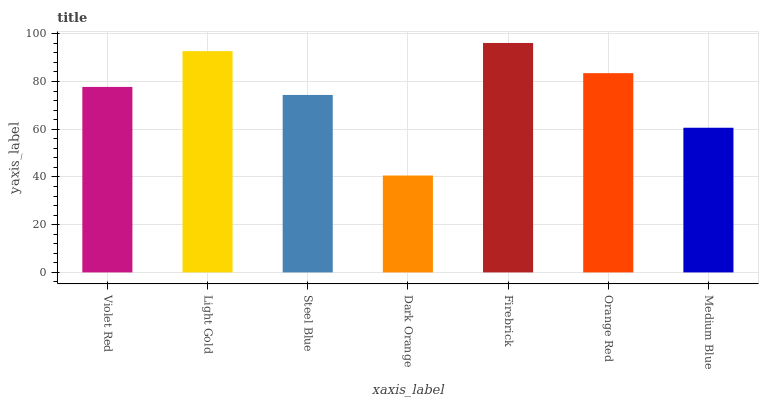
| xaxis_label | bars |
 | --- | --- |
 | Violet Red | 77.7 |
 | Light Gold | 92.7 |
 | Steel Blue | 74.4 |
 | Dark Orange | 40.6 |
 | Firebrick | 96.1 |
 | Orange Red | 83.5 |
 | Medium Blue | 60.6 |